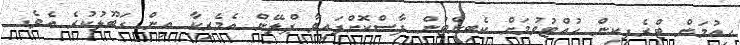
ހިއުމަން ޓްރެފިކިން ހުއްޓުވުމަށް ކެބިނެޓުން ފާސްކޮށްފައިވާ ޕްލޭން އެމެރިކާ އިން ގަބޫލުކުރެ އެވެ.